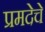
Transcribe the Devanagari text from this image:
प्रमदेचे